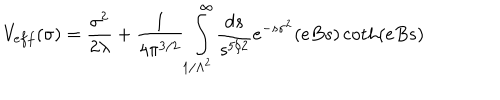
V _ { e f f } ( \sigma ) = { \frac { \sigma ^ { 2 } } { 2 \lambda } } + { \frac { 1 } { 4 \pi ^ { 3 / 2 } } } \int _ { 1 / \Lambda ^ { 2 } } ^ { \infty } { \frac { d s } { s ^ { 5 / 2 } } } e ^ { - s \sigma ^ { 2 } } ( e B s ) \coth ( e B s )